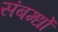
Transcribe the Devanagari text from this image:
संबम्धों